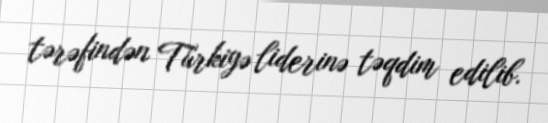
tərəfindən Türkiyə liderinə təqdim edilib.